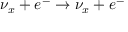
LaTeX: \nu _ { x } + e ^ { - } \to \nu _ { x } + e ^ { - }